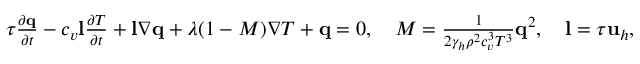
\begin{array} { r } { \tau \frac { \partial \mathbf q } { \partial t } - c _ { v } \mathbf l \frac { \partial T } { \partial t } + \mathbf l \nabla \mathbf q + \lambda ( 1 - M ) \nabla T + \mathbf q = 0 , \quad M = \frac { 1 } { 2 \gamma _ { h } \rho ^ { 2 } c _ { v } ^ { 3 } T ^ { 3 } } \mathbf q ^ { 2 } , \quad \mathbf l = \tau \mathbf u _ { h } , } \end{array}